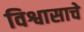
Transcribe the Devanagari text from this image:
विश्वासाचे